Investigations on Bengal jail dietaries - Number 37
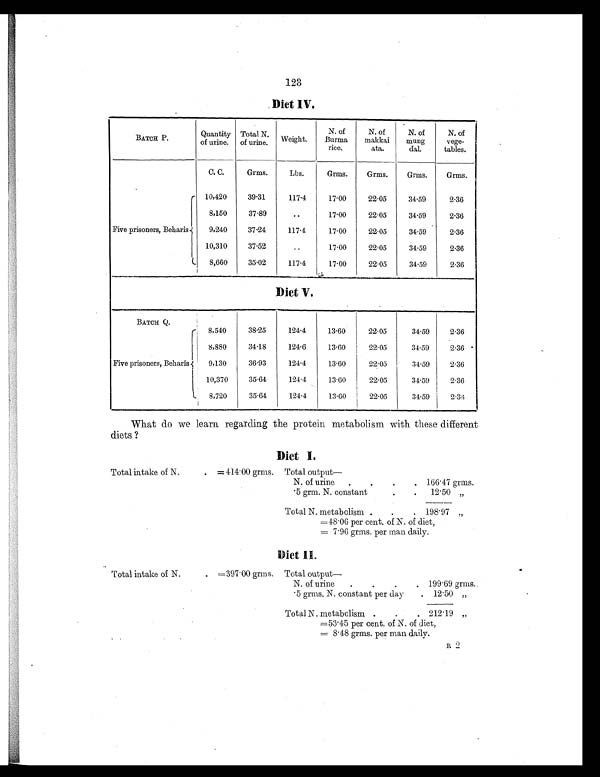
123
Diet IV.
BATCH P.
Quantity
of urine.
Total N.
of urine. Weight.
N. of
Burma
rice.
N. of
makkai
ata.
N. of
mung
dal.
N . o
f
v e g e -
tables.
C. C.
Grms.
Lbs.
Grms.
Grms.
Grms.
Grms.
Five prisoners, Beharis
10,420
39.31
117.4
17.00
22.05
34.59
2.36
8,150
37.89
..
17.00
22.05
34.59
2.36
9,240
37.24
117.4
17.00
22.05
34.59
2.36
10,310
37.52
..
17.00
22.05
34.59
2.36
8,660
35.02
117.4
17.00
22.05
34.59
2.36
Diet V.
BATCH Q.
Five prisoners, Beharis
8,540
38.25
124.4
13.60
22.05
34.59
2.36
8,880
34.18
124.6
13.60
22.05
34.59
2.36
9,130
36.93
124.4
13.60
22.05
34.59
2.36
10,370
35.64
124.4
13.60
22.05
34.59
2.36
8,720
35.64
124.4
13.60
22.05
34.59
2.36
What do we learn regarding the protein metabolism with these different
diets ?
Diet I.
Total intake of N.
. = 414.00 grms. T o t a l o u t p u t —
N. of urine .
.
.
. 166.47 grms.
.5 grm. N. constant
.
. 12.50 „
Total N. metabolism
. .
. 198.97 „
=48.06 per cent. of N. of diet,
= 7.96 grms. per man daily.
Diet II.
Total intake of N.
. =397.00 grms. Total output
—
N. of urine
. .
.
. 199.69 grms.
.5 grms. N. constant per day . 12.50 „
Total N. metabolism . . .
212.19 „
=53.45 per cent. of N. of diet,
= 8.48 grms. per man daily.
R 2